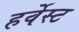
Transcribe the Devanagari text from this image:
हर्वेस्ट